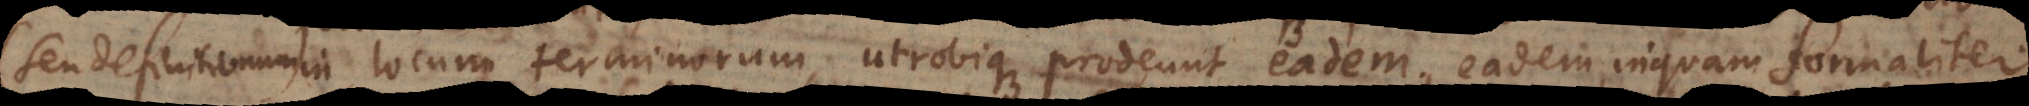
in locum terminorum, utrobique prodeunt eadem, eadem inquam formalit